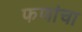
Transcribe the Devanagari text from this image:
फणांचा